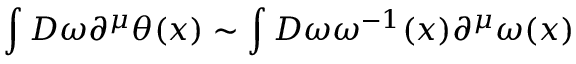
\int D \omega \partial ^ { \mu } \theta ( x ) \sim \int D \omega \omega ^ { - 1 } ( x ) \partial ^ { \mu } \omega ( x )